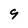
Character: 9